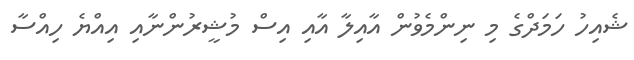
ޝެއިހު ހަމަދްގެ މި ނިންމެވުން އާއިލާ އާއި އިސް މުޝީރުންނާއި އިއްޔެ ހިއްސާ